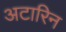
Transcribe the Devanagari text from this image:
अटारिन